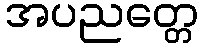
အပညတ္တေ